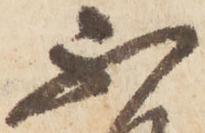
不